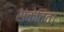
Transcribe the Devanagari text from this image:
संकेतित।